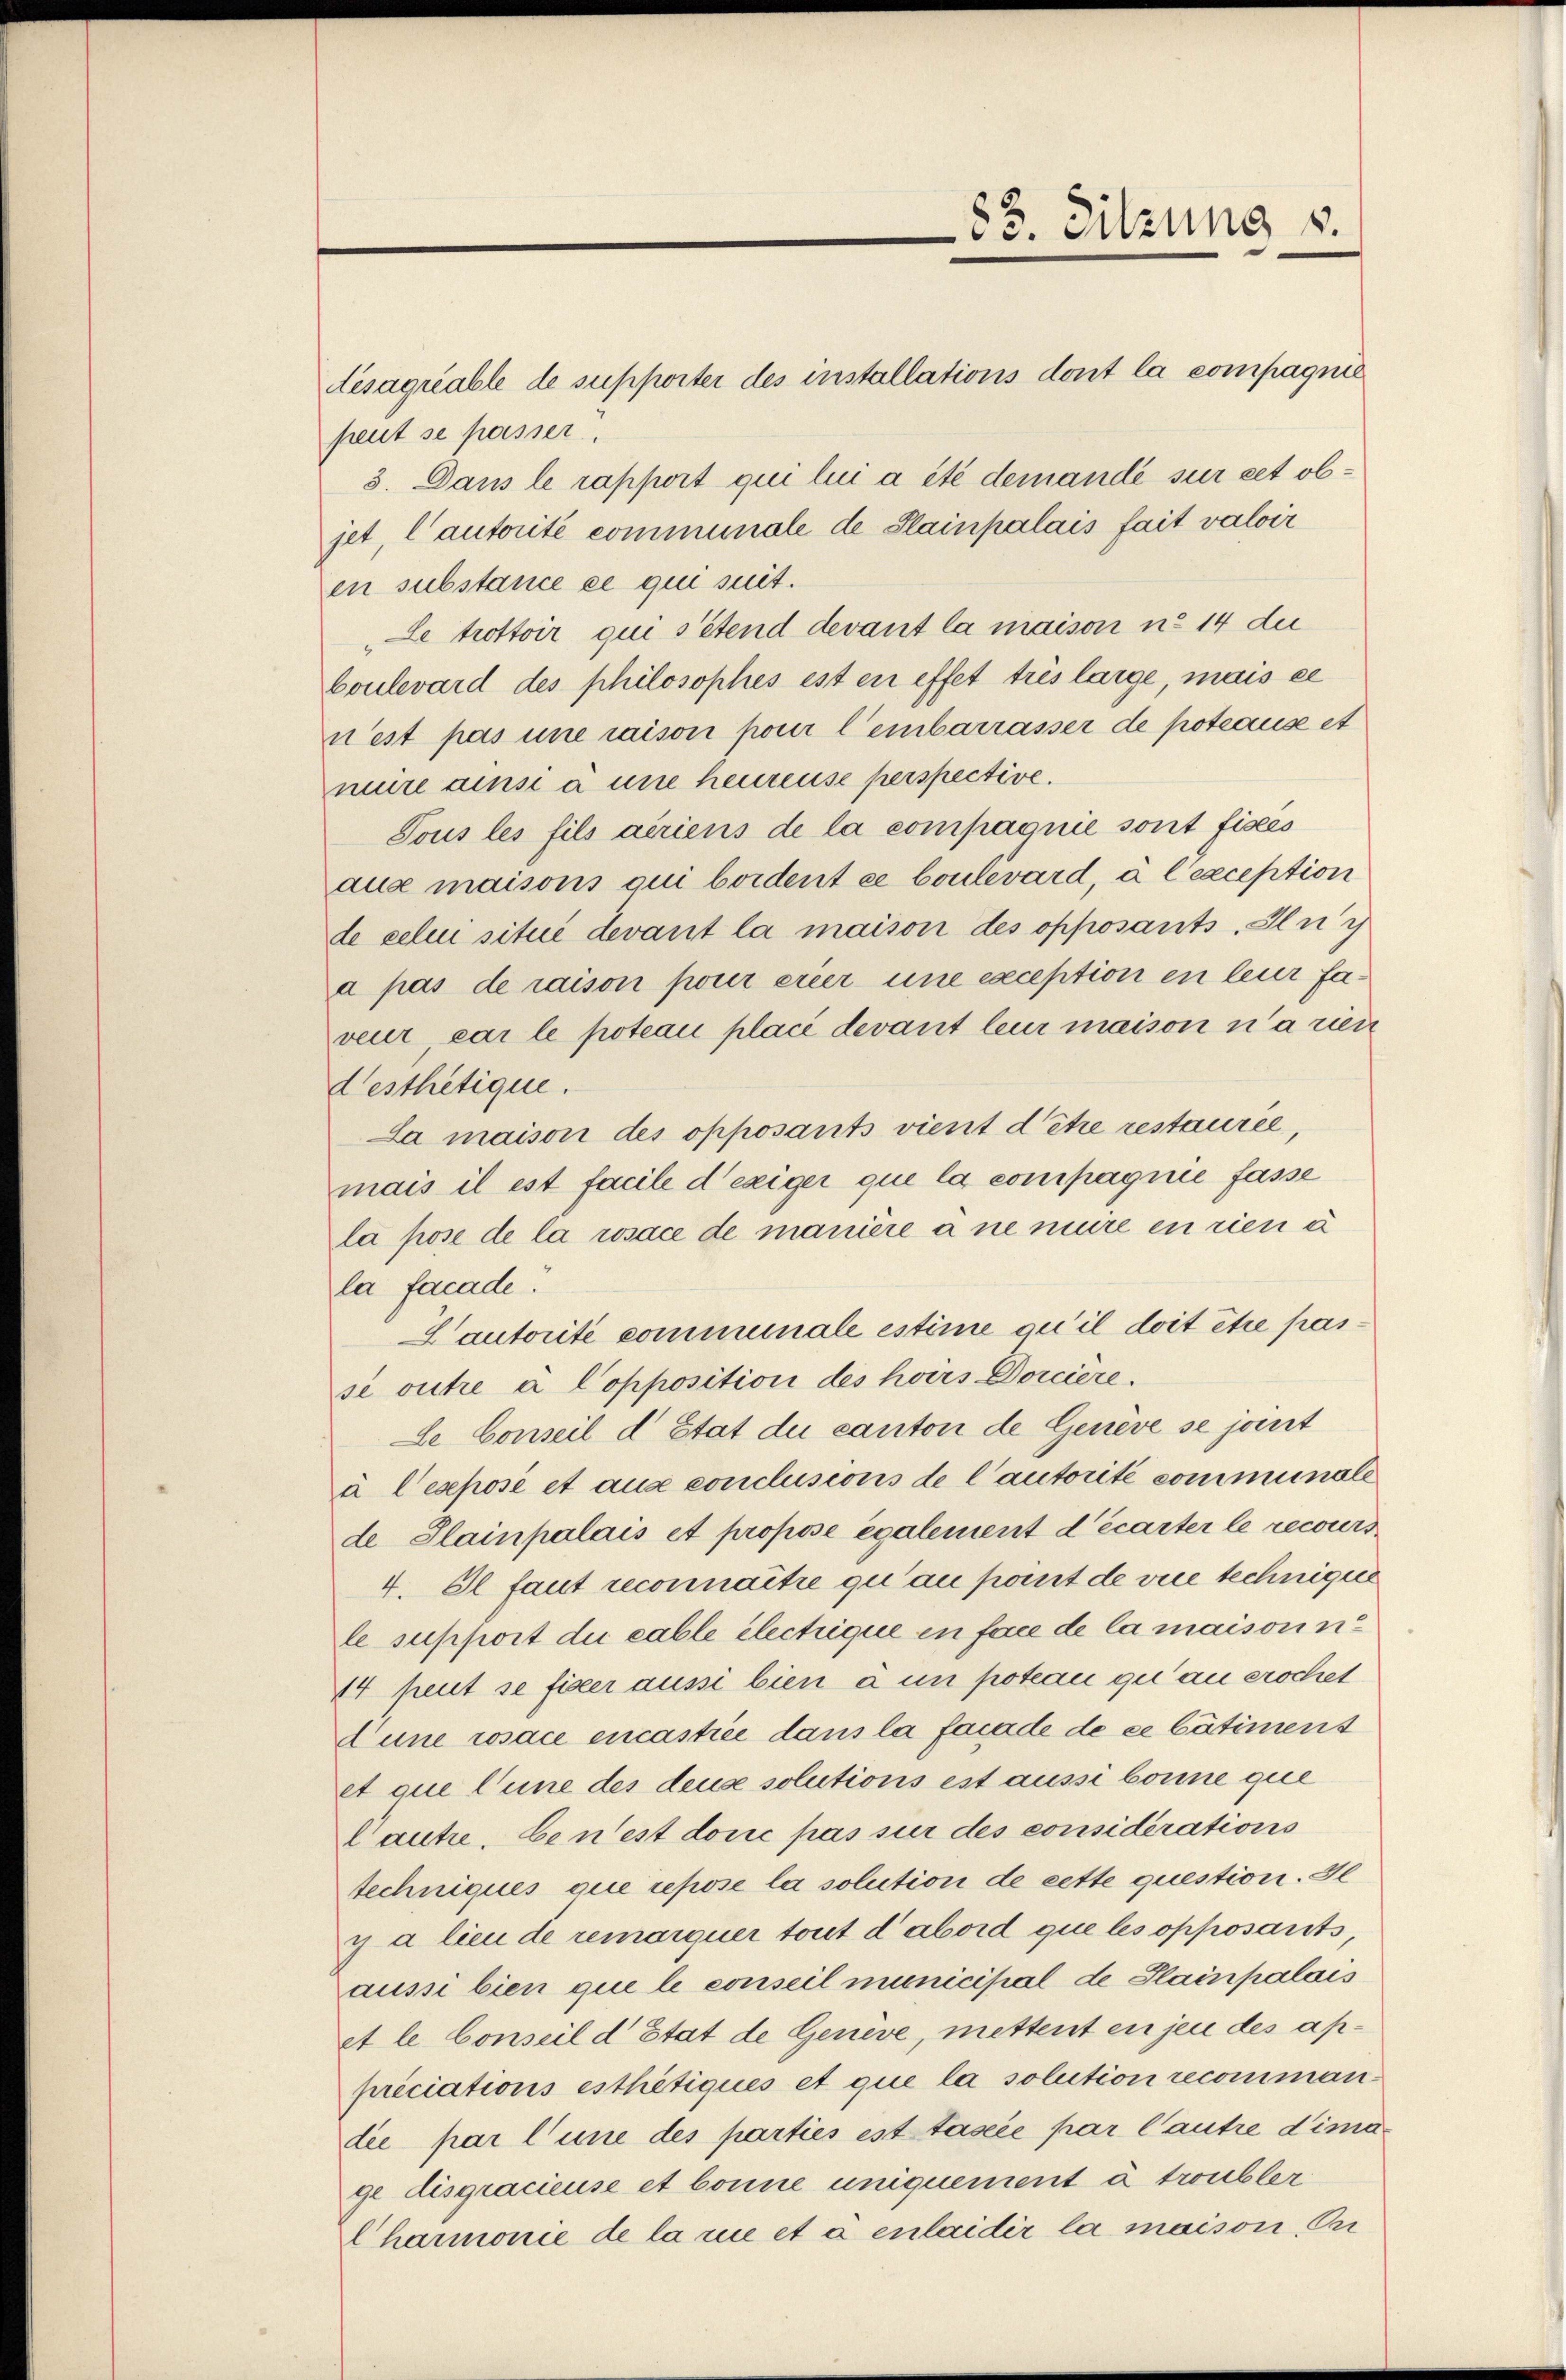
desagriable de supporter des installations dont la compagnie
peut se passer
3. Dans le rapport qui lui a été demandé sur cet objet, l’autorité communale de Stainpalais fait valoir
en substance ce qui suit.
Le trottoir qui s’étend devant la maison u. 14 du
boulevard des philosophes est en effet très lange, mais ce
n’est pas une raison pour l’embarrasser de poteause et
nuire ainsi à une heureuse perspective.
Tous les fils airiens de la compagnie sont fisces
aux maisons qui boident ce boulevard, à l’exception
de celui situé devant la maison des opposants. Ing
a pas de raison pour erier une exception en leur faveur car le poteau placé devant leur maison n’a rien
desthetique.
La maison des opposants vient d’être restaurée,
mais il est facile d’exiger que la compagnie fasse
la pose de la rosace de manière à ne mure en rien u
la facade.
Lautorité communale estime qu’il doit être passe outre a Copposition des hoirs Dorciere.
Le Conseil d’Etat der canton de Genève se jant
à l'exposé et aus conclusions de l’autorité communale
de Plainpalais et propose également d’écarter le recours
4. Il faut reconnaitre qu’au pant de vice techniges
le support die cable électrique in face de la maisorin¬
44 peut se fixer aussi bien à un poteau qui an erschet
Dune rosace encastice dans la facade de ce bâtiment
et que l’une des deuse solutions est ausse bonne que
Cautre, benest doric pas sur des considérations
Techniques que repose la solution de cette question. Gl
y a lieu de remorquer tout d’abord que les opposants
aussi bien que le conseil municipal de Plainpalais
et le Conseil d’Etat de Genève, mettent en jen des appriciations esthetiques et que la solution recommandie par l’une des parties est tasée par Cautre dimage disgracieuse et bonne uniquement à troubler
Charmonie de la nie et à enlaider la maison, Pri

83. Sitzung s.